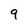
Character: 9